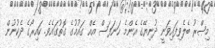
މިޞްރު ބެލެވިފައިވަނީ ދުނިޔޭގެ އެންމެ ހަނަފަސް އެއް ގައުމުގެ ގޮތުގައެވެ. ކައިރޯގެ ދެކުނުން